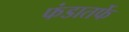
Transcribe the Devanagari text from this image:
फंडातर्फे